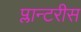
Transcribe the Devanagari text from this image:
प्लान्टरीस